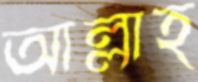
আল্লাহ্